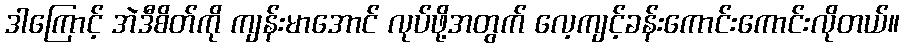
ဒါကြောင့် အဲဒီစိတ်ကို ကျန်းမာအောင် လုပ်ဖို့အတွက် လေ့ကျင့်ခန်းကောင်းကောင်းလိုတယ်။